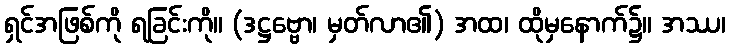
ရှင်အဖြစ်ကို ရခြင်းကို။ (ဒဋ္ဌဗ္ဗော၊ မှတ်လာ၏) အထ၊ ထိုမှနောက်၌။ အဿ၊